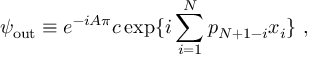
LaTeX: \psi _ { \mathrm { o u t } } \equiv e ^ { - i A \pi } c \exp \{ i \sum _ { i = 1 } ^ { N } p _ { N + 1 - i } x _ { i } \} \, \, ,